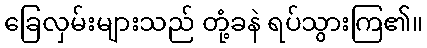
ခြေလှမ်းများသည် တုံ့ခနဲ ရပ်သွားကြ၏။